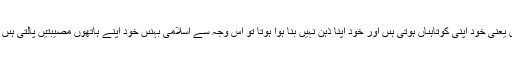
بعض اوقات یہ مَسائل خود اپنے ہاتھوں کے کرتوت ہوتے ہیں یعنی خود اپنى کوتاہىاں ہوتى ہىں اور خود اپنا ذہن نہیں بنا ہوا ہوتا تو اس وجہ سے اسلامى بہنىں خود اپنے ہاتھوں مصیبتیں پالتى ہىں اور پھر نصىبوں کو کُوٹتی ہیں کہ ہمارے نصیب خراب ہیں ۔